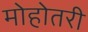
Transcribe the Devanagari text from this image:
मोहोतरी